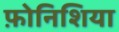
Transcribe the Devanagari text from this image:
फ़ोनिशिया